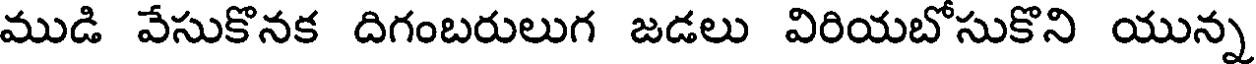
ముడి వేసుకొనక దిగంబరులుగ జడలు విరియబోసుకొని యున్న